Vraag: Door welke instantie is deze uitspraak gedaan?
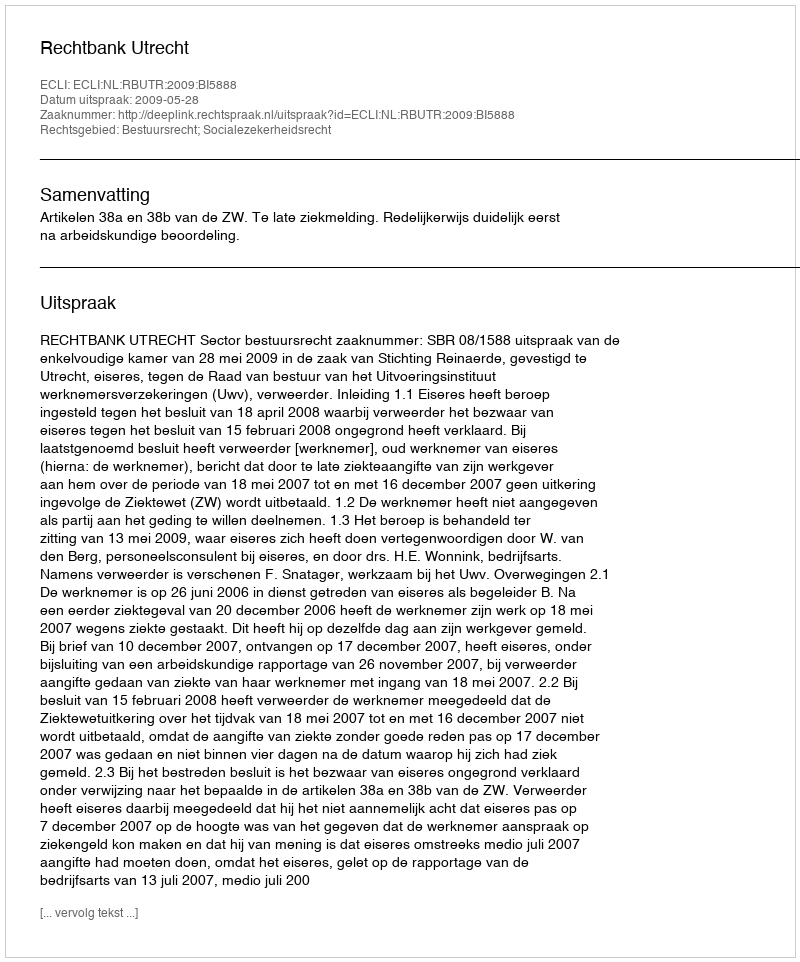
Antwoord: Rechtbank Utrecht